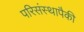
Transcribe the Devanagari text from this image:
परिसंस्थापैकी